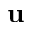
\mathbf { u }